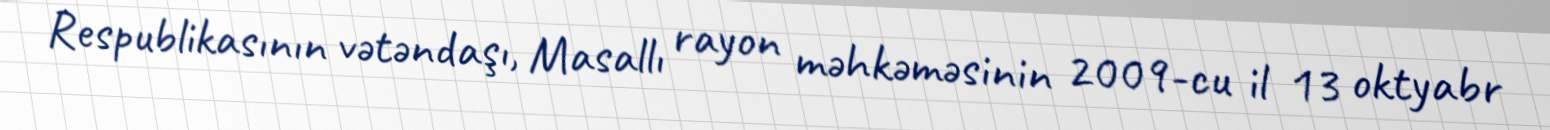
Respublikasının vətəndaşı, Masallı rayon məhkəməsinin 2009-cu il 13 oktyabr